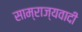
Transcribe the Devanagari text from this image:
साम्राज्‍यवादी